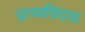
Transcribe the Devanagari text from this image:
प्राच्यविदया